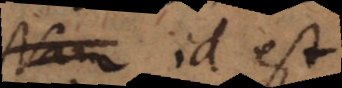
Nam; id est